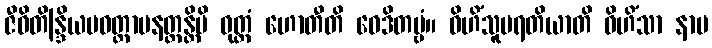
ဇီဝိတိန္ဒြိယပဝတ္တာပနတ္ထန္တိပိ ဝုတ္တံ ဟောတီတိ ဝေဒိတဗ္ဗံ။ ဝိဟိံသူပရတိယာတိ ဝိဟိံသာ နာမ